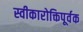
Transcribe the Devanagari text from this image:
स्वीकारोक्तिपूर्वक